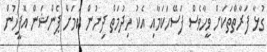
ގުޅާ ފަރާތްތަކަށް ވީހާވެސް ފަސޭހަކަމާއި އެކު ހިދުމަތް ދިނުން ކަަމަށް ޕެންޝަން އޮފީހުން